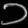
Digit: ၁